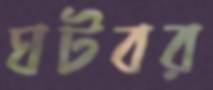
ঘটবর